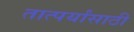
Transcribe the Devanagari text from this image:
तात्पर्यांसाठी